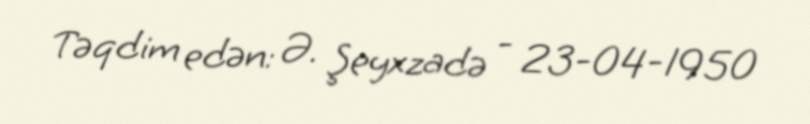
Təqdim edən: Ə. Şeyxzadə - 23-04-1950